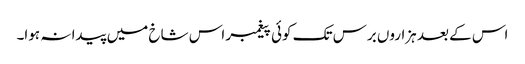
اس کے بعد ہزاروں برس تک کوئی پیغمبر اس شاخ میں پیدا نہ ہوا۔